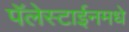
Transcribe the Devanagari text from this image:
पॅलेस्टाईनमधे